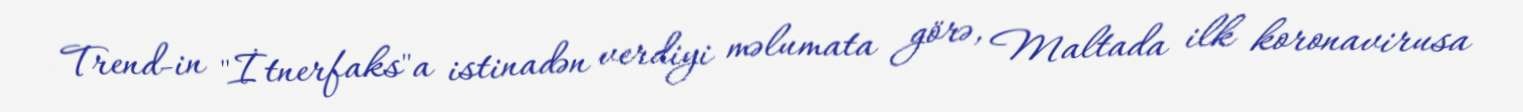
Trend-in "İtnerfaks"a istinadən verdiyi məlumata görə, Maltada ilk koronavirusa